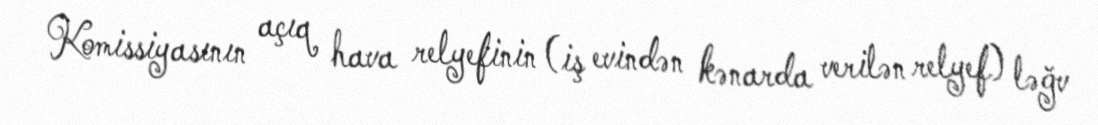
Komissiyasının açıq hava relyefinin (iş evindən kənarda verilən relyef) ləğv